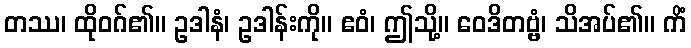
တဿ၊ ထိုဝဂ်၏။ ဥဒါနံ၊ ဥဒါန်းကို။ ဧဝံ၊ ဤသို့။ ဝေဒိတဗ္ဗံ၊ သိအပ်၏။ ကိံ